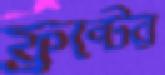
ফ্রন্টের